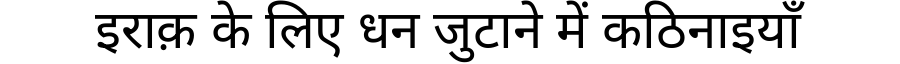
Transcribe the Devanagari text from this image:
इराक़ के लिए धन जुटाने में कठिनाइयाँ